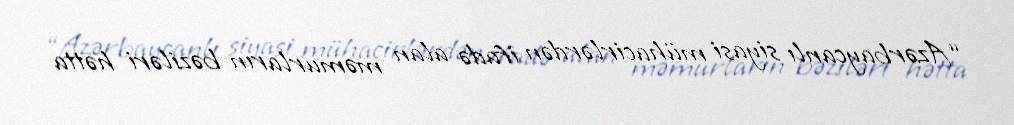
“Azərbaycanlı siyasi mühacirlərdən ifadə alan məmurların bəziləri hətta